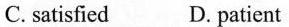
C.satisfied D. patient